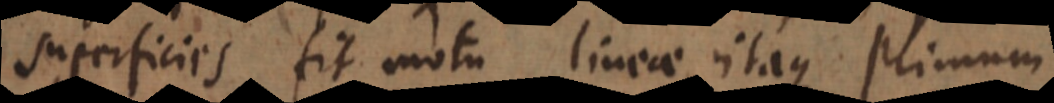
superficies fit motu lineae, itaque primum